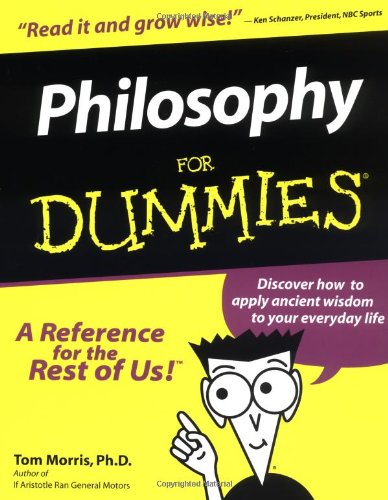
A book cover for Philosophy For Dummies; Tom Morris; Politics & Social Sciences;